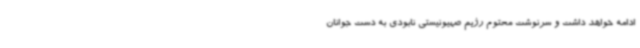
ادامه خواهد داشت و سرنوشت محتوم رژیم صهیونیستی نابودی به دست جوانان